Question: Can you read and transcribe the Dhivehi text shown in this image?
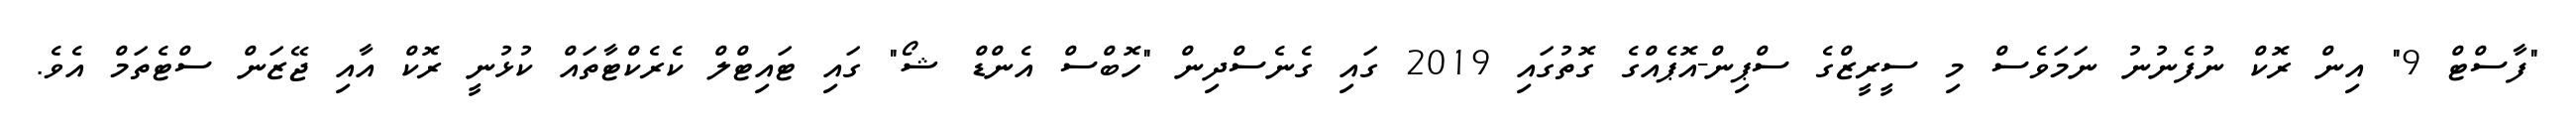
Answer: "ފާސްޓް 9" އިން ރޮކް ނުފެނުނު ނަމަވެސް މި ސީރީޒްގެ ސްޕިން-އޮޕެއްގެ ގޮތުގައި 2019 ގައި ގެނެސްދިން "ހޮބްސް އެންޑް ޝޯ" ގައި ޓައިޓްލް ކެރެކްޓާތައް ކުޅުނީ ރޮކް އާއި ޖޭޒަން ސްޓެތަމް އެވެ.